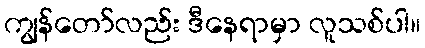
ကျွန်တော်လည်း ဒီနေရာမှာ လူသစ်ပါ။